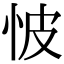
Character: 怶